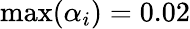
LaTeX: \operatorname*{max}(\alpha_{i})=0.02